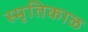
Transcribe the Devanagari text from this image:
स्मृतिकाळ